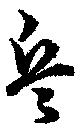
兵